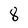
Character: 8